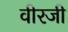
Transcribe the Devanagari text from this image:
वीरजी